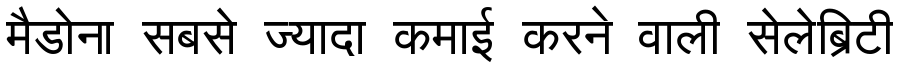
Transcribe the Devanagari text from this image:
मैडोना सबसे ज्यादा कमाई करने वाली सेलेब्रिटी